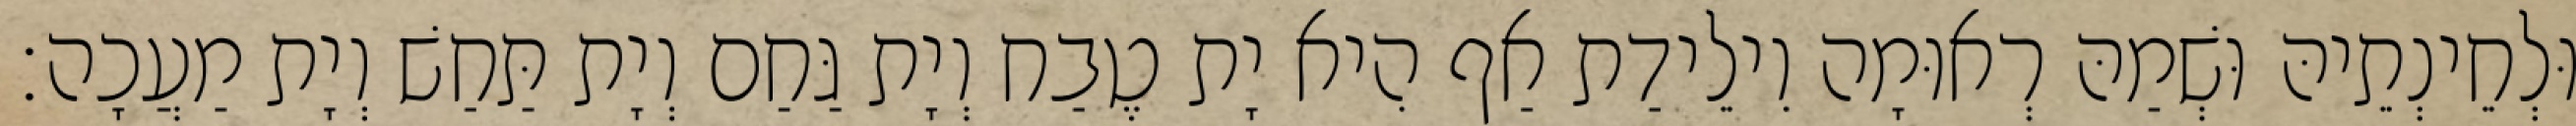
וּלְחֵינְתֵיהּ וּשְׁמַהּ רְאוּמָה וִילֵידַת אַף הִיא יָת טֶבַח וְיָת גַּחַם וְיָת תַּחַשׁ וְיָת מַעֲכָה׃